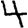
Digit: 4